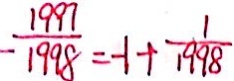
- \frac { 1 9 9 7 } { 1 9 9 8 } = - 1 + \frac { 1 } { 1 9 9 8 }